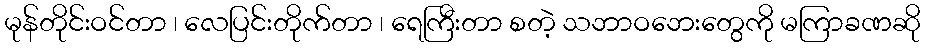
မုန်တိုင်းဝင်တာ ၊ လေပြင်းတိုက်တာ ၊ ရေကြီးတာ စတဲ့ သဘာဝဘေးတွေကို မကြာခဏဆို